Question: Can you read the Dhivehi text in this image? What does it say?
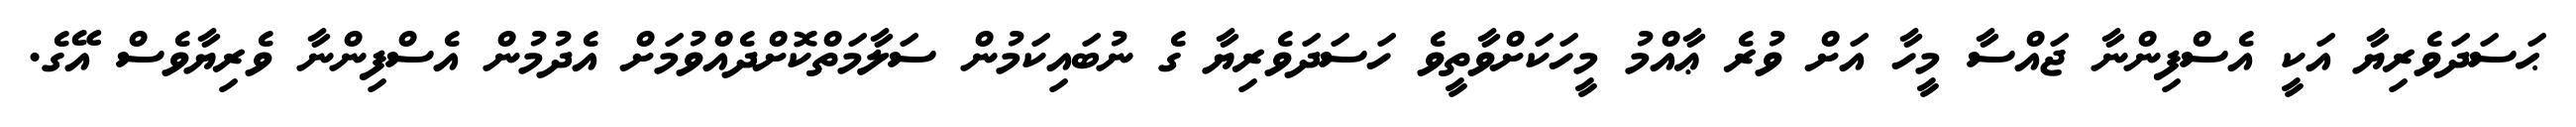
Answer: ޙަސަދަވެރިޔާ އަކީ އެސްފިންނާ ޖައްސާ މީހާ އަށް ވުރެ ޢާއްމު މީހަކަށްވާތީވެ ހަސަދަވެރިޔާ ގެ ނުބައިކަމުން ސަލާމަތްކޮށްދެއްވުމަށް އެދުމުން އެސްފިންނާ ވެރިޔާވެސް އޭގެ.